Statistics of inoculations with Haffkine's anti-plague vaccine 1897-1900
Year: 1897
Disease focus: Plague
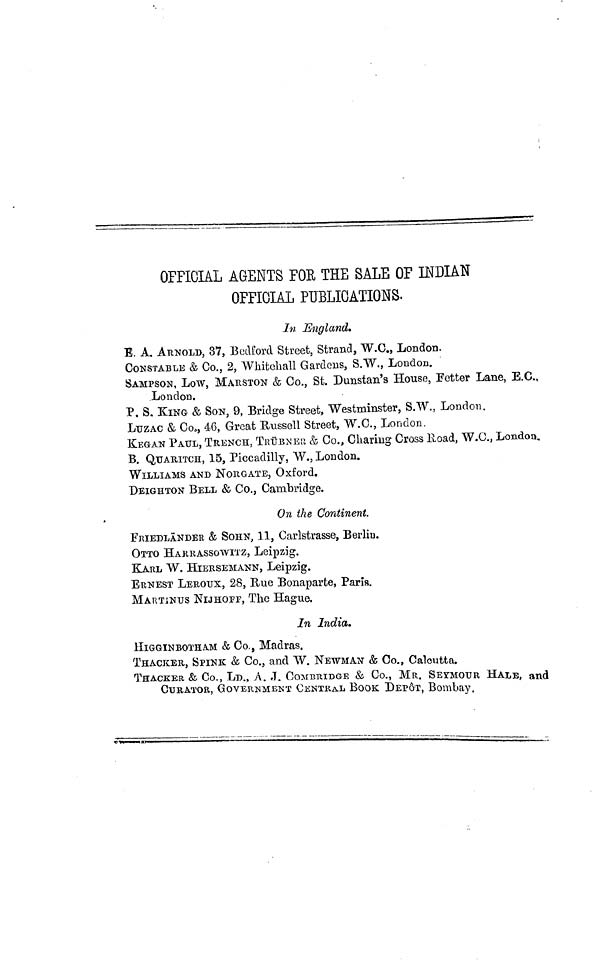
OFFICIAL AGENTS FOE THE SALE OF INDIAN
OFFICIAL PUBLICATIONS.
In England.
E. A. ARNOLD, 37, Bedford Street, Strand, W.C., London.
CONSTABLE & Co., 2, Whitehall Gardens, S.W., London.
SAMPSON, Low, MARSTON & Co., St. Dunstan's House, Fetter Lane, E.G.,
London.
P. S. KING & SON, 9, Bridge Street, Westminster, S.W., London.
LUZAC & Co., 46, Great Russell Street, W.C., London.
KEGAN PAUL, TRENCH, TRUENER & Co., Charing Cross Road, W.C., London.
B. QuARITCH, 15, Piccadilly, W., London.
WILLIAMS AND NORGATE, Oxford.
DEIGHTON BELL & Co., Cambridge.
On the Continent.
FJUEDLÂNDEE & SOHN, 11, Carlstrasse, Berlin.
OTTO HARRASSOWITZ, Leipzig.
KARL W. HIERSEMANN, Leipzig.
ERNEST LEROUX, 28, Rue Bonaparte, Paris.
MARTINUS NIJHOFF, The Hague.
In India.
HIGGINBOTHAM & Co., Madras.
TRACKER, SPINK & Co., and W. NEWMAN & Co., Calcutta.
THACKER & Co., LD., A. J. COMBRIDGE & Co., MR. SEYMOUR HALE, and
CURATOR, GOVERNMENT CENTRAL BOOK DEPÔT, Bombay.